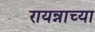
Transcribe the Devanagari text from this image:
रायन्नाच्या